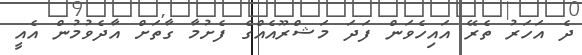
ދެ އަހަރު ތެރޭ އައިހެވަން ފަދަ މަޝްރޫއެއްގެ ފެށުމާ ގާތަށް އާދެވުމުން އެއީ